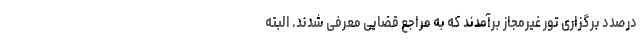
درصدد برگزاری تور غیرمجاز برآمدند که به مراجع قضایی معرفی شدند. البته